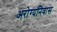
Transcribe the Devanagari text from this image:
अरोग्यनिवास